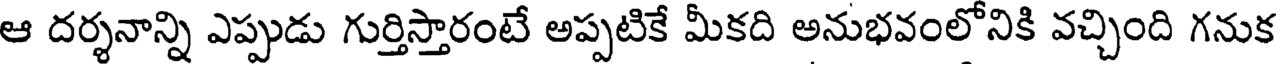
ఆ దర్శనాన్ని ఎప్పుడు గుర్తిస్తారంటే అప్పటికే మీకది అనుభవంలోనికి వచ్చింది గనుక